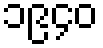
၁၉၄၀